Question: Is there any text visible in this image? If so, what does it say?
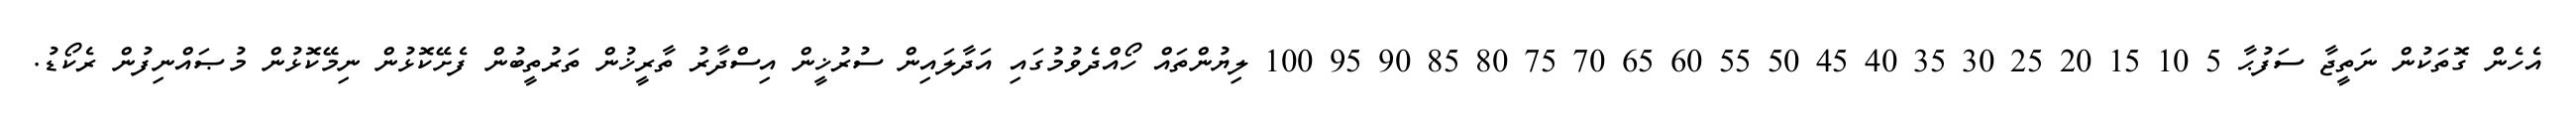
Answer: އެހެން ގޮތަކުން ނަތީޖާ ސަފުޙާ 5 10 15 20 25 30 35 40 45 50 55 60 65 70 75 80 85 90 95 100 ލިޔުންތައް ހޯއްދެވުމުގައި އަދާލައިން ސުރުޚީން އިސްދާރު ތާރީޚުން ތަރުތީބުން ފެށޭކޮޅުން ނިމޭކޮޅުން މުޞައްނިފުން ރެކޯޑު.